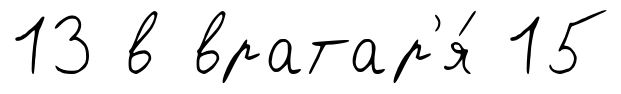
13 в вратар'я́ 15